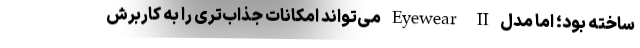
ساخته بود؛ اما مدل Eyewear II می‌تواند امکانات جذاب‌تری را به کاربرش